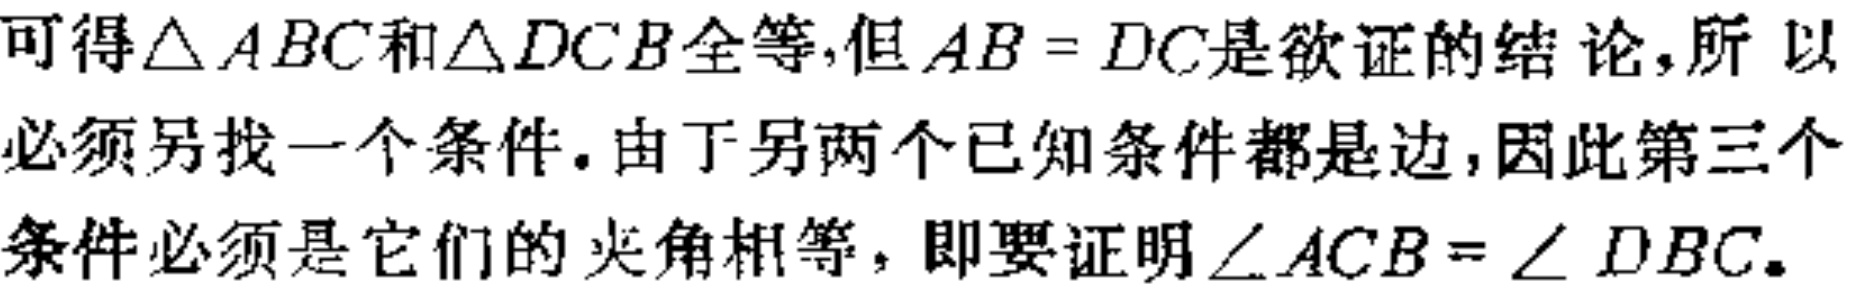
可得$\triangle ABC$和$\triangle DCB$全等,但$AB = DC$是欲证的结论,所以必须另找一个条件.由于另两个已知条件都是边,因此第三个条件必须是它们的夹角相等，即要证明$\angle ACB=\angle DBC$.